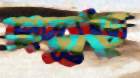
প্রদ্যুত্